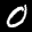
Label: 0